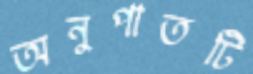
অনুপাতটি